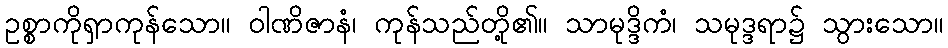
ဥစ္စာကိုရှာကုန်သော။ ဝါဏိဇာနံ၊ ကုန်သည်တို့၏။ သာမုဒ္ဒိကံ၊ သမုဒ္ဒရာ၌ သွားသော။